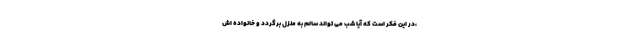
،در این فکر است که آیا شب می تواند سالم به منزل برگردد و خانواده اش